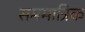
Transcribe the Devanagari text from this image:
सममात्रिक